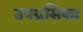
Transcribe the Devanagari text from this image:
उपग्रसिका